Vaccination in Bombay 1863-1868 - 1863-1868
Year: 1863
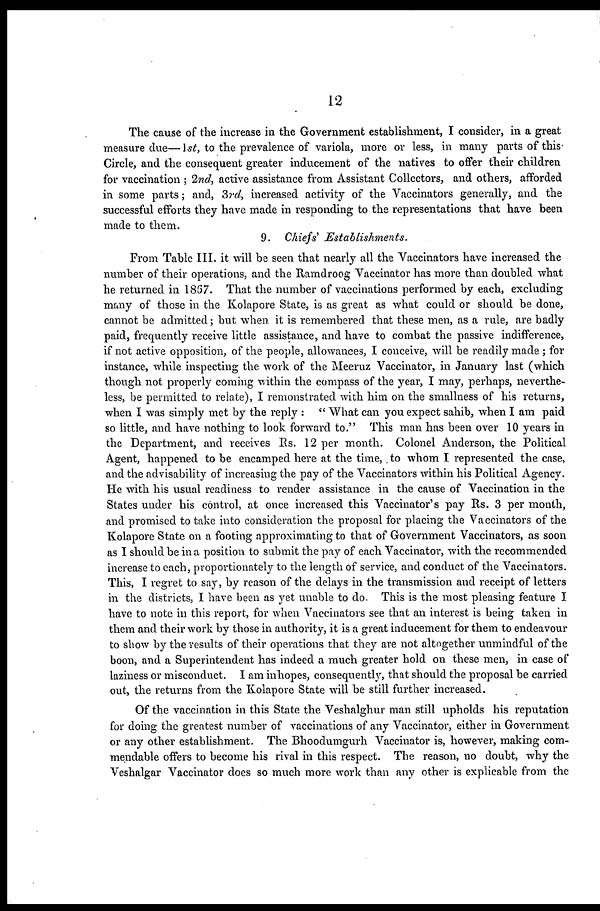
12
The cause of the increase in the Government establishment, I consider, in a great
measure due—1st, to the prevalence of variola, more or less, in many parts of this
Circle, and the consequent greater inducement of the natives to offer their children
for vaccination ; 2nd, active assistance from Assistant Collectors, and others, afforded
in some parts; and, 3rd, increased activity of the Vaccinators generally, and the
successful efforts they have made in responding to the representations that have been
made to them.
9. Chiefs' Establishments.
From Table III. it will be seen that nearly all the Vaccinators have increased the
number of their operations, and the Ramdroog Vaccinator has more than doubled what
he returned in 1867. That the number of vaccinations performed by each, excluding
many of those in the Kolapore State, is as great as what could or should be done,
cannot be admitted; but when it is remembered that these men, as a rule, are badly
paid, frequently receive little assistance, and have to combat the passive indifference,
if not active opposition, of the people, allowances, I conceive, will be readily made ; for
instance, while inspecting the work of the Meeruz Vaccinator, in January last (which
though not properly coming within the compass of the year, I may, perhaps, neverthe-
less, be permitted to relate), I remonstrated with him on the smallness of his returns,
when I was simply met by the reply : " What can you expect sahib, when I am paid
so little, and have nothing to look forward to." This man has been over 10 years in
the Department, and receives Rs. 12 per month. Colonel Anderson, the Political
Agent, happened to be encamped here at the time, to whom I represented the case,
and the advisability of increasing the pay of the Vaccinators within his Political Agency.
He with his usual readiness to render assistance in the cause of Vaccination in the
States under his control, at once increased this Vaccinator's pay Rs. 3 per month,
and promised to take into consideration the proposal for placing the Vaccinators of the
Kolapore State on a footing approximating to that of Government Vaccinators, as soon
as I should be in a position to submit the pay of each Vaccinator, with the recommended
increase to each, proportionately to the length of service, and conduct of the Vaccinators.
This, I regret to say, by reason of the delays in the transmission and receipt of letters
in the districts, I have been as yet unable to do. This is the most pleasing feature I
have to note in this report, for when Vaccinators see that an interest is being taken in
them and their work by those in authority, it is a great inducement for them to endeavour
to show by the results of their operations that they are not altogether unmindful of the
boon, and a Superintendent has indeed a much greater hold on these men, in case of
laziness or misconduct. I am inhopes, consequently, that should the proposal be carried
out, the returns from the Kolapore State will be still further increased.
Of the vaccination in this State the Veshalghur man still upholds his reputation
for doing the greatest number of vaccinations of any Vaccinator, either in Government
or any other establishment. The Bhoodumgurh Vaccinator is, however, making com-
mendable offers to become his rival in this respect. The reason, no doubt, why the
Veshalgar Vaccinator does so much more work than any other is explicable from the